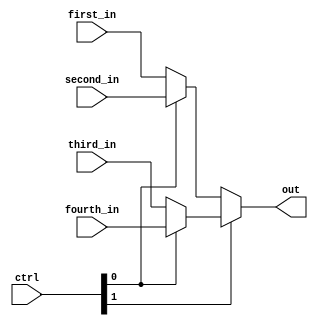
module mul4_2bit
(
 first_in, 
 second_in, 
 third_in, 
 fourth_in, 
 ctrl, 
 out
);

input [1:0] first_in;
input [1:0] second_in;
input [1:0] third_in;
input [1:0] fourth_in;
input [1:0] ctrl;

output [1:0] out;

assign out = ctrl[1] ? (ctrl[0] ? fourth_in : third_in) 
                     : (ctrl[0] ? second_in : first_in);

endmodule

// the same module but with structural implementation

module mul4_1bit(u, v, w, x, s, out);
  input u;
  input v;
  input w;
  input x;
  input [1:0] s;
  
  output out;
  
  assign out = s[1] ? (s[0] ?  x : w) 
                    : (s[0] ? v : u);
  
// fancy variant 
// input [3:0] i
// assign out = i[s];

endmodule

module mul4_2bit_struct
(
 first_in, 
 second_in, 
 third_in, 
 fourth_in, 
 ctrl, 
 out
);

input [1:0] first_in;
input [1:0] second_in;
input [1:0] third_in;
input [1:0] fourth_in;
input [1:0] ctrl;

output [1:0] out;

mul4_1bit first_mul(first_in[0], second_in[0], third_in[0], fourth_in[0], ctrl, out[0]);
mul4_1bit second_mul(first_in[1], second_in[1], third_in[1], fourth_in[1], ctrl, out[1]);

endmodule